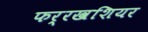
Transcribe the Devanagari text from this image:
फर्रखशियर